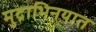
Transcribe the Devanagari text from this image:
मुद्राभिनयात